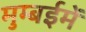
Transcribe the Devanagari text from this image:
मुम्बईमें